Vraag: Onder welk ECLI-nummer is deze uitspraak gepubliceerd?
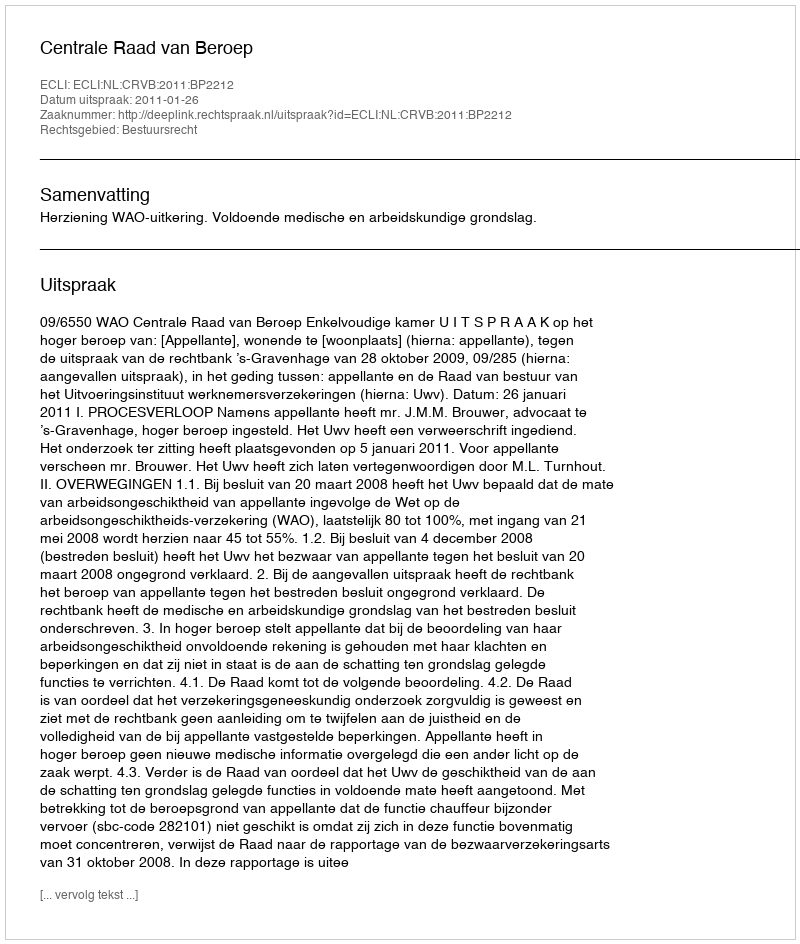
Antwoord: ECLI:NL:CRVB:2011:BP2212